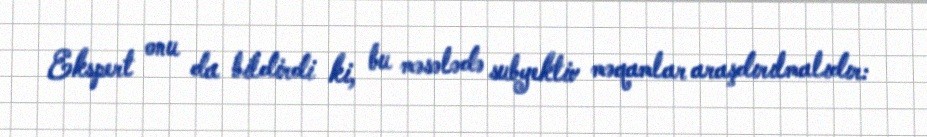
Ekspert onu da bildirdi ki, bu məsələdə subyektiv məqamlar araşdırılmalıdır: